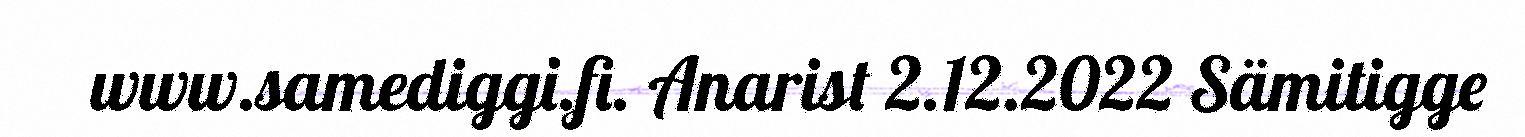
www.samediggi.fi. Anarist 2.12.2022 Sämitigge